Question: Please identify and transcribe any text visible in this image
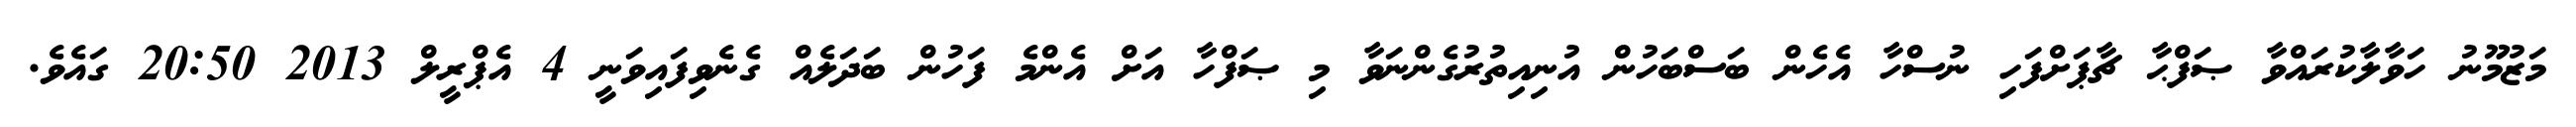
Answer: މަޒުމޫނު ހަވާލާކުރައްވާ ޞަފްޙާ ޗާޕަށްފަހި ނުސްހާ އެހެން ބަސްބަހުން އުނިއިތުރުގެންނަވާ މި ޞަފްހާ އަށް އެންމެ ފަހުން ބަދަލެއް ގެނެވިފައިވަނީ 4 އެޕްރީލް 2013 20:50 ގައެވެ.